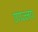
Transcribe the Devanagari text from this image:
रणज्जय